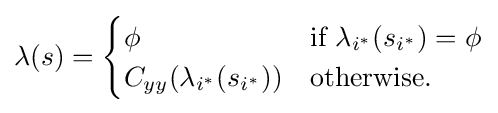
\lambda (s)={\begin{cases}\phi &{\text{if }}\lambda _{i^{*}}(s_{i^{*}})=\phi \\C_{yy}(\lambda _{i^{*}}(s_{i^{*}}))&{\text{otherwise}}.\end{cases}}